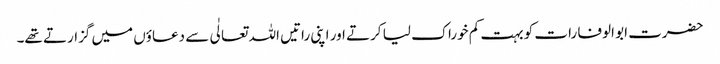
حضرت ابو الوفا رات کو بہت کم خوراک لیا کرتے اور اپنی راتیں اللہ تعالٰی سے دعاؤں میں گزارتے تھے۔